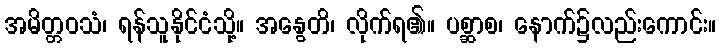
အမိတ္တဝသံ၊ ရန်သူနိုင်ငံသို့။ အနွေတိ၊ လိုက်ရ၏။ ပစ္ဆာစ၊ နောက်၌လည်းကောင်း။